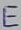
Text: E